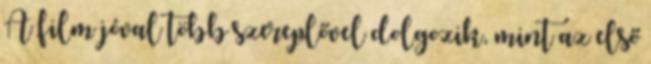
A film jóval több szereplővel dolgozik, mint az első